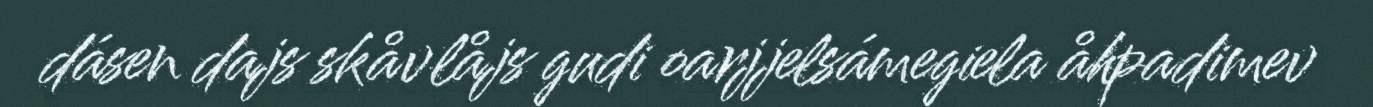
dásen dajs skåvlåjs gudi oarjjelsámegiela åhpadimev